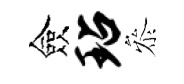
僉玷叅